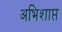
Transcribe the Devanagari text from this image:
अभिशाप्त